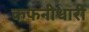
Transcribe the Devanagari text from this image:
कफनीधारी